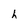
Character: h